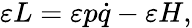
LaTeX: \varepsilon L=\varepsilon p{\dot{q}}-\varepsilon H,